Report on vaccination in Madras 1904-1921 - 1904-1921
Year: 1904
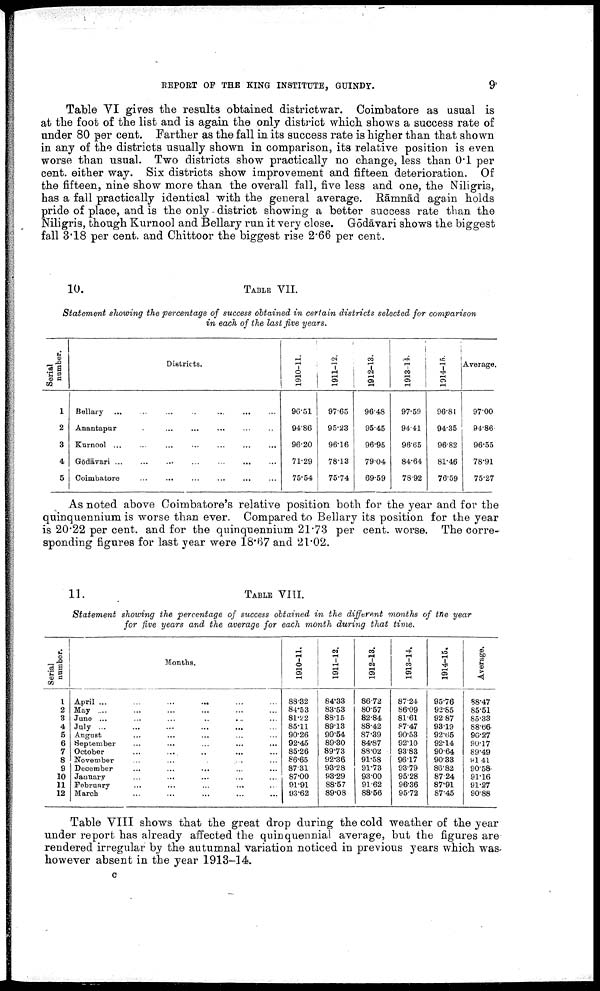
REPORT OF THE KING INSTITUTE, GUINDY.
9
Table VI gives the results obtained districtwar. Coimbatore as usual is
at the foot of the list and is again the only district which shows a success rate of
under 80 per cent. Farther as the fall in its success rate is higher than that shown
in any of the districts usually shown in comparison, its relative position is even
worse than usual. Two districts show practically no change, less than 0.1 per
cent. either way. Six districts show improvement and fifteen deterioration. Of
the fifteen, nine show more than the overall fall, five less and one, the Niligris,
has a fall practically identical with the general average. Rāmnād again holds
pride of place, and is the only - district showing a better success rate than the
Niligris, though Kurnool and Bellary run it very close. Gōdāvari shows the biggest
fall 3.18 per cent. and Chittoor the biggest rise 2.66 per cent.
10.
TABLE VII.
Statement showing the percentage of success obtained in certain districts selected for comparison
in each of the last five years.
Serial
number.
1
2
3
4
5
Districts.
Bellary
...
...
...
...
...
...
...
Anantapur
...
...
...
...
...
...
...
Kurnool
...
...
...
...
...
...
...
Gōdāvari
...
...
...
...
...
...
...
Coimbatore
...
...
...
...
...
...
1910-11.
96.51
94.86
96.20
71.29
75.54
1911-12.
97.65
95.23
96.16
78.13
75.74
1912-13.
96.48
95.45
96.95
79.04
69.59
1913-14.
97.59
94.41
96.65
84.64
78.92
1914-15.
96.81
94.35
96.82
81.46
76.59
Average.
97.00
94.86
96.55
78.91
75.27
As noted above Coimbatore's relative position both for the year and for the
quinquennium is worse than ever. Compared to Bellary its position for the year
is 20.22 per cent. and for the quinquennium 21.73 per cent. worse. The corre
sponding figures for last year were 18.67 and 21.02.
11.
TABLE VIII.
Statement showing the percentage of success obtained in the different months of the year
for five years and the average for each month during that time.
Serial
number.
1
2
3
4
5
6
7
8
9
10
11
12
Months.
April ... ... ... ... ... ...
May ... ... ... ... ... ...
June ... ... ... ... ... ...
July ... ... ... ... ... ...
August ... ... ... ... ... ...
September ... ... ... ... ... ...
October ... ... ... ... ... ...
November ... ... ... ... ... ...
December ... ... ... ... ... ...
January ... ... ... ... ... ...
February
...
...
...
...
...
...
March ... ... ... ... ... ...
1910-11.
88.32
84.53
81.22
85.11
90.26
92.45
85.26
86.65
87.31
87.00
91.91
93.62
1911-12.
84.33
83.53
88.15
89.13
90.54
89.30
89.73
92.36
93.28
93.29
88.57
89.08
1912-13.
86.72
80.57
82.84
88.42
87.39
84.87
88.02
91.58
91.73
93.00
91.62
88.56
1913-14.
87.24
86.09
81.61
87.47
90.53
92.10
93.83
96.17
93.79
95.28
96.36
95.72
1914-15.
95.76
92.85
92.87
93.19
92.66
92.14
90.64
90.33
86.82
87.24
87.91
87.45
Average.
88.47
85.51
85.33
88.66
90.27
90.17
89.49
91.41
90.58
91.16
91.27
90.88
Table VIII shows that the great drop during the cold weather of the year
under report has already affected the quinquennial average, but the figures are
rendered irregular by the autumnal variation noticed in previous years which was
however absent in the year 1913-14.
C